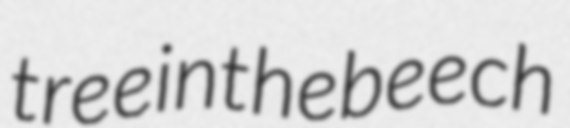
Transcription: tree in the beech